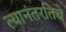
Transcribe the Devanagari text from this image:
त्यानंतरतिचे